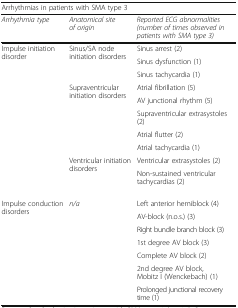
<table><thead><tr><td colspan="3"><b>Arrhythmias in patients with SMA type 3</b></td></tr><tr><td><b><i>Arrhythmia type</i></b></td><td><b><i>Anatomical site of origin</i></b></td><td><b><i>Reported ECG abnormalities</i><i>(number of times observed in patients with SMA type 3)</i></b></td></tr></thead><tbody><tr><td rowspan="10">Impulse initiation disorder</td><td rowspan="3">Sinus/SA node initiation disorders</td><td>Sinus arrest (2)</td></tr><tr><td>Sinus dysfunction (1)</td></tr><tr><td>Sinus tachycardia (1)</td></tr><tr><td rowspan="5">Supraventricular initiation disorders</td><td>Atrial fibrillation (5)</td></tr><tr><td>AV junctional rhythm (5)</td></tr><tr><td>Supraventricular extrasystoles (2)</td></tr><tr><td>Atrial flutter (2)</td></tr><tr><td>Atrial tachycardia (1)</td></tr><tr><td rowspan="2">Ventricular initiation disorders</td><td>Ventricular extrasystoles (2)</td></tr><tr><td>Non-sustained ventricular tachycardias (2)</td></tr><tr><td rowspan="7">Impulse conduction disorders</td><td rowspan="7"><i>n/a</i></td><td>Left anterior hemiblock (4)</td></tr><tr><td>AV-block (n.o.s.) (3)</td></tr><tr><td>Right bundle branch block (3)</td></tr><tr><td>1st degree AV block (3)</td></tr><tr><td>Complete AV block (2)</td></tr><tr><td>2nd degree AV block, Mobitz I (Wenckebach) (1)</td></tr><tr><td>Prolonged junctional recovery time (1)</td></tr></tbody></table>